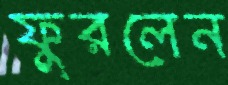
ফুরলেন